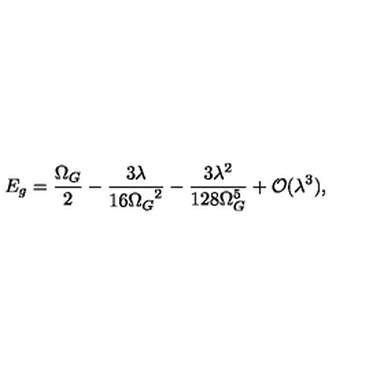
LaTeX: E _ { g } = \frac { \Omega _ { G } } { 2 } - \frac { 3 \lambda } { 1 6 { \Omega _ { G } } ^ { 2 } } - \frac { 3 \lambda ^ { 2 } } { 1 2 8 \Omega _ { G } ^ { 5 } } + { \cal O } ( \lambda ^ { 3 } ) ,